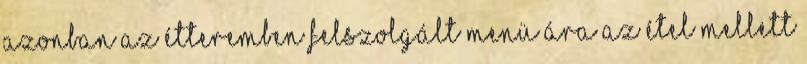
azonban az étteremben felszolgált menü ára az étel mellett